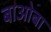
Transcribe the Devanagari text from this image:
बाओबा